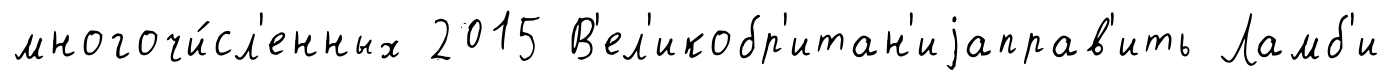
многочи́сл'енных 2015 В'ел'икобр'итан'иjаправ'ить Ламб'и